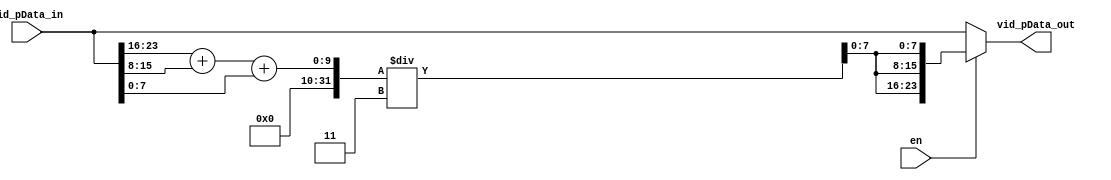
`timescale 1ns / 1ps
//////////////////////////////////////////////////////////////////////////////////
// Company: 
// 
// Design Name: 
// Module Name: rgb_2_luma
// Project Name: 
//Target Devices: Arty Z7
// Tool Versions: Vivado 2020.2
// Description: Converts RGB channels to luma channel
// 
// Dependencies: 
// 
// Revision:
// Revision 0.01 - File Created
// Additional Comments:
// 
//////////////////////////////////////////////////////////////////////////////////


module rgb_2_luma(
        input [23:0] vid_pData_in,
        input en,
        output [23:0] vid_pData_out
    );
    
    
    reg [23:0] vid;
    reg [7:0] luma;
    wire [7:0] blue =  vid_pData_in[7:0];
    wire [7:0] green =  vid_pData_in[15:8];
    wire [7:0] red =  vid_pData_in[23:16];
    
    always @(en or vid_pData_in)
    if(en)
        begin
        vid <= {3{luma}};
        end
        else begin
        vid <= vid_pData_in;
        end
        
    always @ (vid_pData_in) begin
        luma = ((red+green+blue)/3); //Arethmatic mean
    end
    
    assign vid_pData_out = vid;
    

endmodule